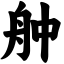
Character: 舯